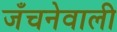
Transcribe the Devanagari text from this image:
जँचनेवाली